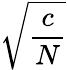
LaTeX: \sqrt{\frac{c}{N}}